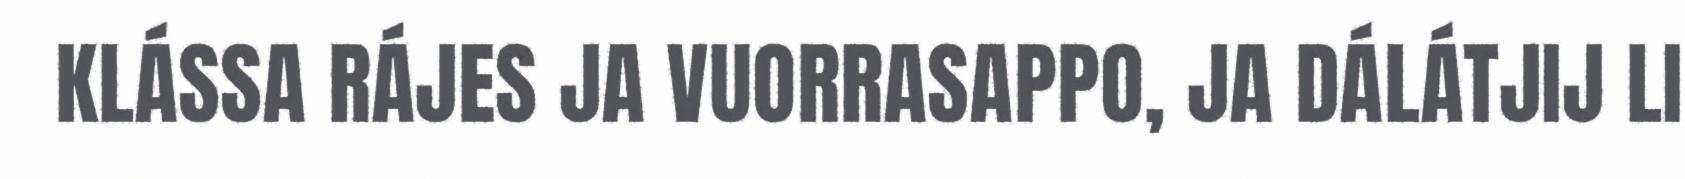
KLÁSSA RÁJES JA VUORRASAPPO, JA DÁLÁTJIJ LI